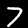
Label: 7